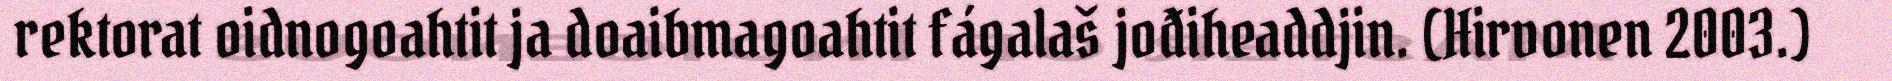
rektorat oidnogoahtit ja doaibmagoahtit fágalaš jođiheaddjin. (Hirvonen 2003.)